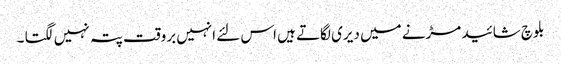
بلوچ شائید مڑنے میں دیری لگاتے ہیں اس لئے انہیں بروقت پتہ نہیں لگتا ۔